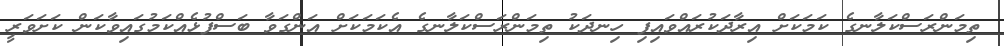
ތިމަންރަސްކަލާނގެ ކަމަކަށް އިރާދަކުރައްވައިފި ހިނދަކު ތިމަންރަސްކަލާނގެ އެކަމަކަށް އަންގަވާ ބަސްފުޅެއްކަމުގައިވާކަން ކަށަވަރީ